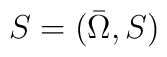
S=({\bar \Omega},S)